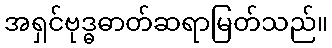
အရှင်ဗုဒ္ဓဓာတ်ဆရာမြတ်သည်။